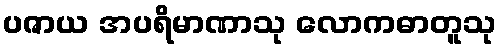
ပဇာယ အပရိမာဏာသု လောကဓာတူသု